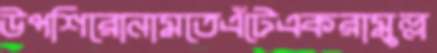
উপশিরোনামতেএঁটেএকরামুল্ল